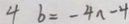
4 b = - 4 n - 4